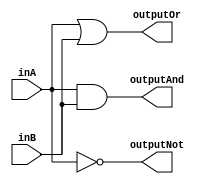
`timescale 1ns / 1ps
//////////////////////////////////////////////////////////////////////////////////
// Company:
// Engineer:
//
// Design Name:
// Module Name: gates
// Project Name:
// Target Devices:
// Tool Versions:
// Description:
// >(_8(|)
// Dependencies:
//
// Revision:fsdfsdf
// Additional Comments:
//Saben como hacerle para que me aparezca el input de color como el profeNELPAS
// Es por el theme que tiene instalado
//
//eL nada teme nada borra
//////////////////////////////////////////////////////////////////////////////////


module gates(
    input inA,
    input inB,
    output outputOr,
    output outputAnd,
    output outputNot
    );

    assign outputOr = inA | inB;
    assign outputAnd = inA & inB;
    assign outputNot = ~inA;

endmodule